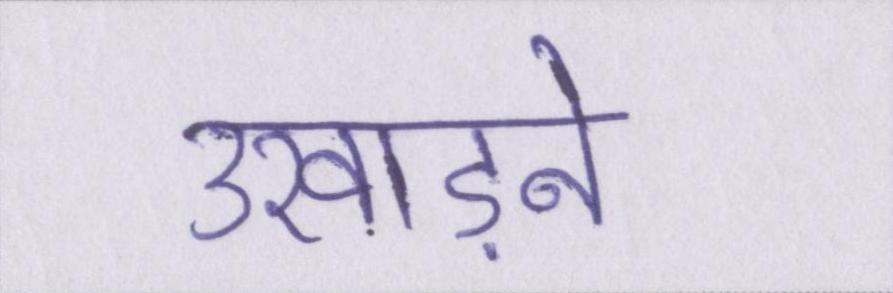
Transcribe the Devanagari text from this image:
उखाड़ने